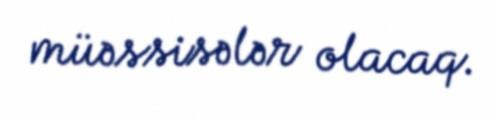
müəssisələr olacaq.